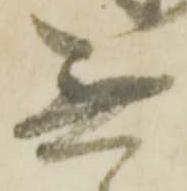
無